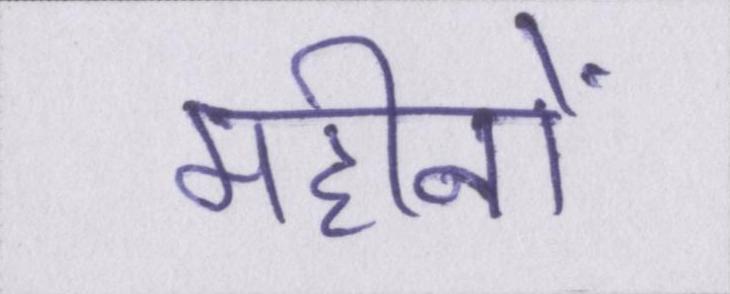
महीनों